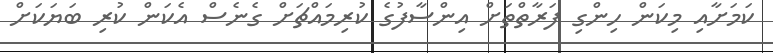
ކަމަށާއި މިކަން ހިންގި ފަރާތްތަށް އިންސާފުގެ ކުރިމައްޗަށް ގެނެސް އެކަން ކުރި ބަޔަކަށް